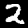
Digit: 2